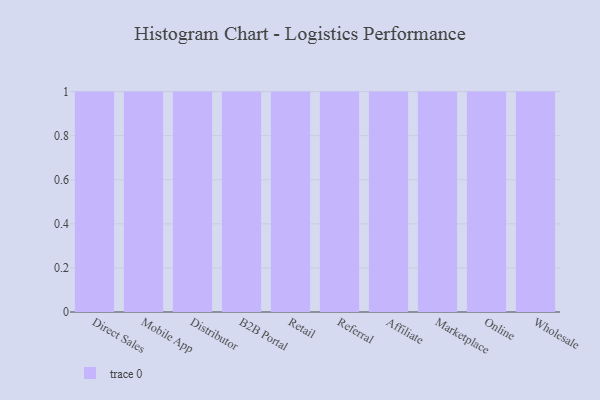
{"axis": {"x": "Channel", "y": "Revenue (USD Million)"}, "legend": [""], "data": [{"x": "Direct Sales", "y": 64, "type": ""}, {"x": "Mobile App", "y": 62, "type": ""}, {"x": "Distributor", "y": 90, "type": ""}, {"x": "B2B Portal", "y": 63, "type": ""}, {"x": "Retail", "y": 19, "type": ""}, {"x": "Referral", "y": 17, "type": ""}, {"x": "Affiliate", "y": 100, "type": ""}, {"x": "Marketplace", "y": 64, "type": ""}, {"x": "Online", "y": 11, "type": ""}, {"x": "Wholesale", "y": 33, "type": ""}]}